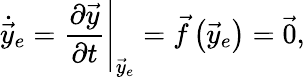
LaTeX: \dot{\vec{y}}_{e}=\left.\frac{\partial\vec{y}}{\partial t}\right|_{\vec{y}_{e}}=\vec{f}\left(\vec{y}_{e}\right)=\vec{0},